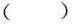
()